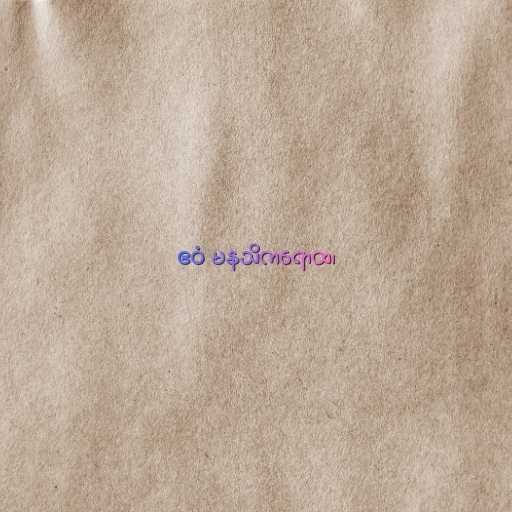
ဧဝံ မနသိကရောထ၊